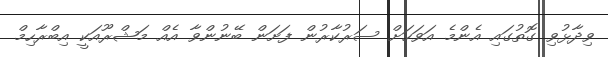
ވިދާޅުވި ގޮތުގައި އެންމެ އަވަހަށް ސަރުކާރުން ފަށަން ބޭނުންވާ އެއް މަޝްރޫއަކީ އިބްރާހިމް